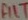
Text: FILT